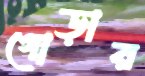
গোড়ার